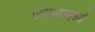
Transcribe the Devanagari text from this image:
उपायामध्ये